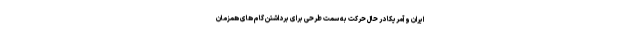
ایران و آمریکا در حال حرکت به سمت طرحی برای برداشتن گام های همزمان